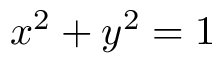
x ^ { 2 } + y ^ { 2 } = 1